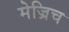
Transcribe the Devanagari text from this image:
मेज्रिच